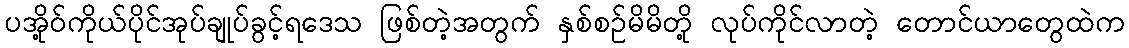
ပအို့ဝ်ကိုယ်ပိုင်အုပ်ချုပ်ခွင့်ရဒေသ ဖြစ်တဲ့အတွက် နှစ်စဉ်မိမိတို့ လုပ်ကိုင်လာတဲ့ တောင်ယာတွေထဲက